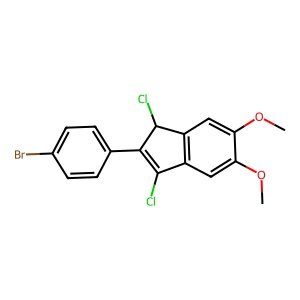
SMILES: COc1cc2c(cc1OC)C(Cl)C(c1ccc(Br)cc1)=C2Cl
Inhibits HIV replication: No